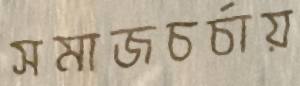
সমাজচর্চায়